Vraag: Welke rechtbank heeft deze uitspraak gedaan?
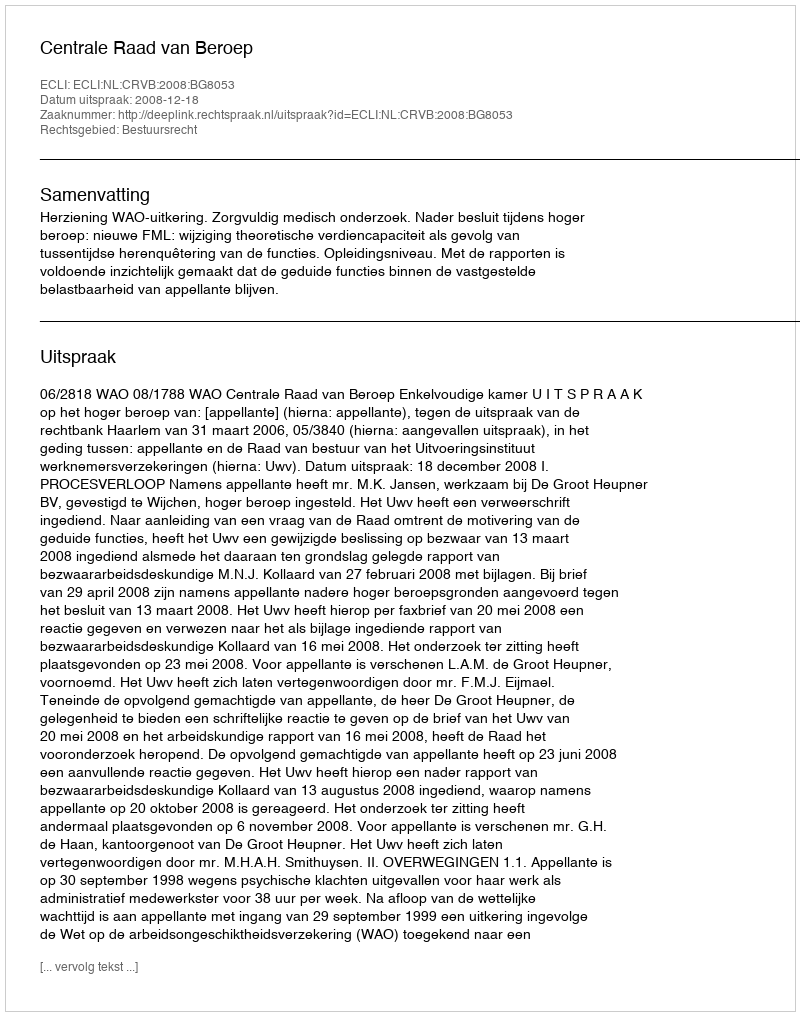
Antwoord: Centrale Raad van Beroep